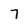
Character: 7